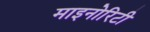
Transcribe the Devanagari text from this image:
माइनोरिटी